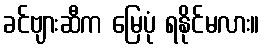
ခင်ဗျားဆီက မြေပုံ ရနိုင်မလား။